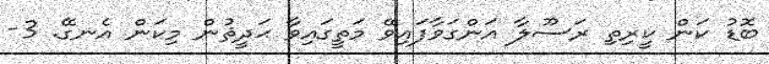
ބޮޑު ކަން ކީރިތި ރަސޫލާ އަންގަވާފައިވޭ މަތީގައިވާ ޙަދީޘުން މިކަން އެނގޭ. 3-